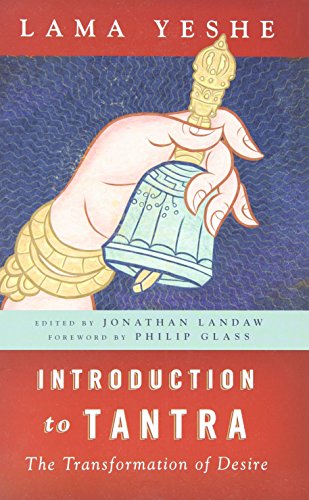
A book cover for Introduction to Tantra: The Transformation of Desire; Lama Thubten Yeshe; Religion & Spirituality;